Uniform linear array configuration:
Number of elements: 32
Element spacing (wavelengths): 0.25
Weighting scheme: hann
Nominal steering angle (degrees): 15
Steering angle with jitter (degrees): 13.098
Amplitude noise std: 0.05
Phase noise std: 0.05

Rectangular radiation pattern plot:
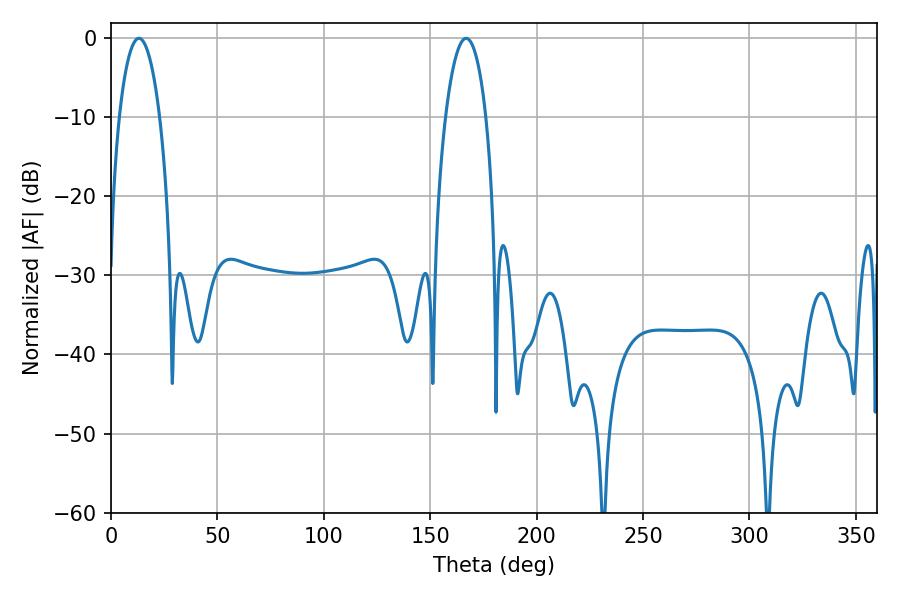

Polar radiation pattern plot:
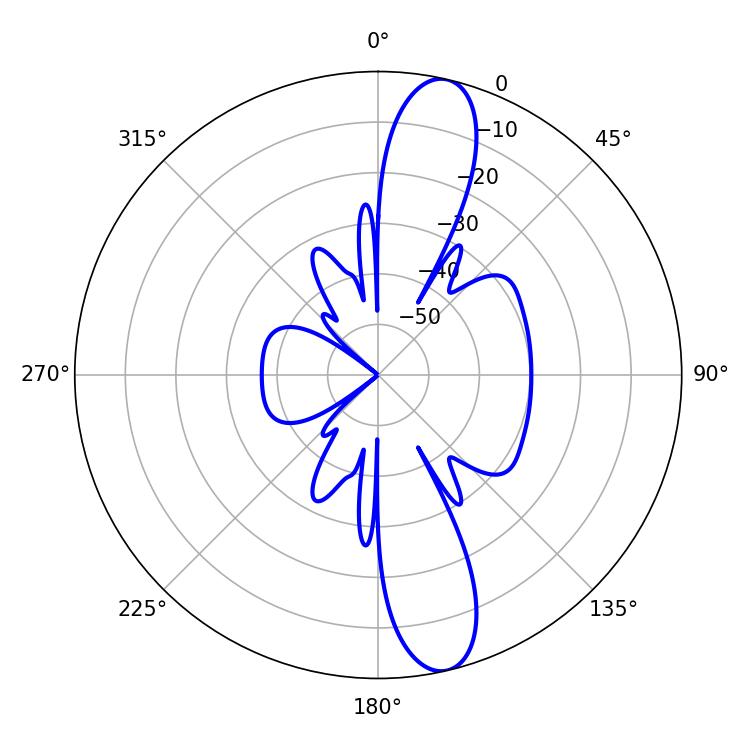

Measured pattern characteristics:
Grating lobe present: FALSE
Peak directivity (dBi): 13.382
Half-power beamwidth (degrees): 10.62
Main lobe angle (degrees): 13.14